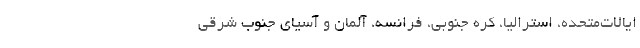
ایالات‌متحده، استرالیا، کره جنوبی، فرانسه، آلمان و آسیای جنوب شرقی